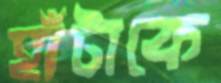
হাঁটাকে